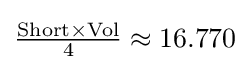
{\tfrac {{\text{Short}}\times {\text{Vol}}}{4}}\approx 16.770